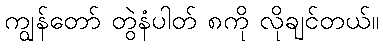
ကျွန်တော် တွဲနံပါတ် ၈ကို လိုချင်တယ်။